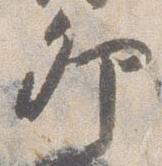
卯